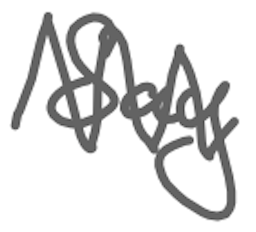
Text: Say
Cross-out: zig-zag
Writing tool: digital_gray